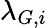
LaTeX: \lambda_{G,i}